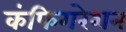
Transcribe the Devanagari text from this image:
कंफिगरेशन